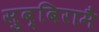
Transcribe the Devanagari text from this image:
सुब्बिरामै